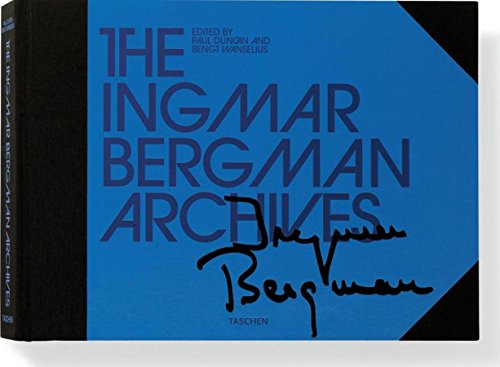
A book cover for The Ingmar Bergman Archives; Humor & Entertainment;